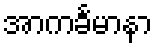
အာကင်္ခမာနာ